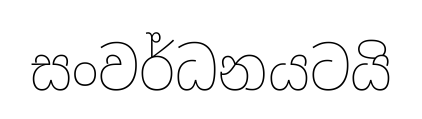
සංවර්ධනයටයි